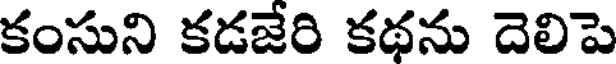
కంసుని కడజేరి కథను దెలిపె